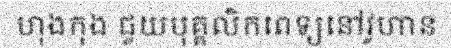
ហុងកុង ជួយបុគ្គលិកពេទ្យនៅវូហាន